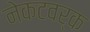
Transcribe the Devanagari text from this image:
नेकटवर्क